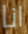
انا